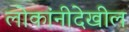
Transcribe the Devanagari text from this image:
लोकांनीदेखील